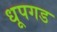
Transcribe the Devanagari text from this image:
धूपगड